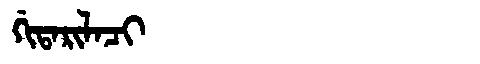
Manchu: ᡤᡳᡨᠠᡵᡳᠯᠠᠴᡳ
Romanization: GITARILACI